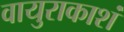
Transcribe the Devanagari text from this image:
वायुराकाशं